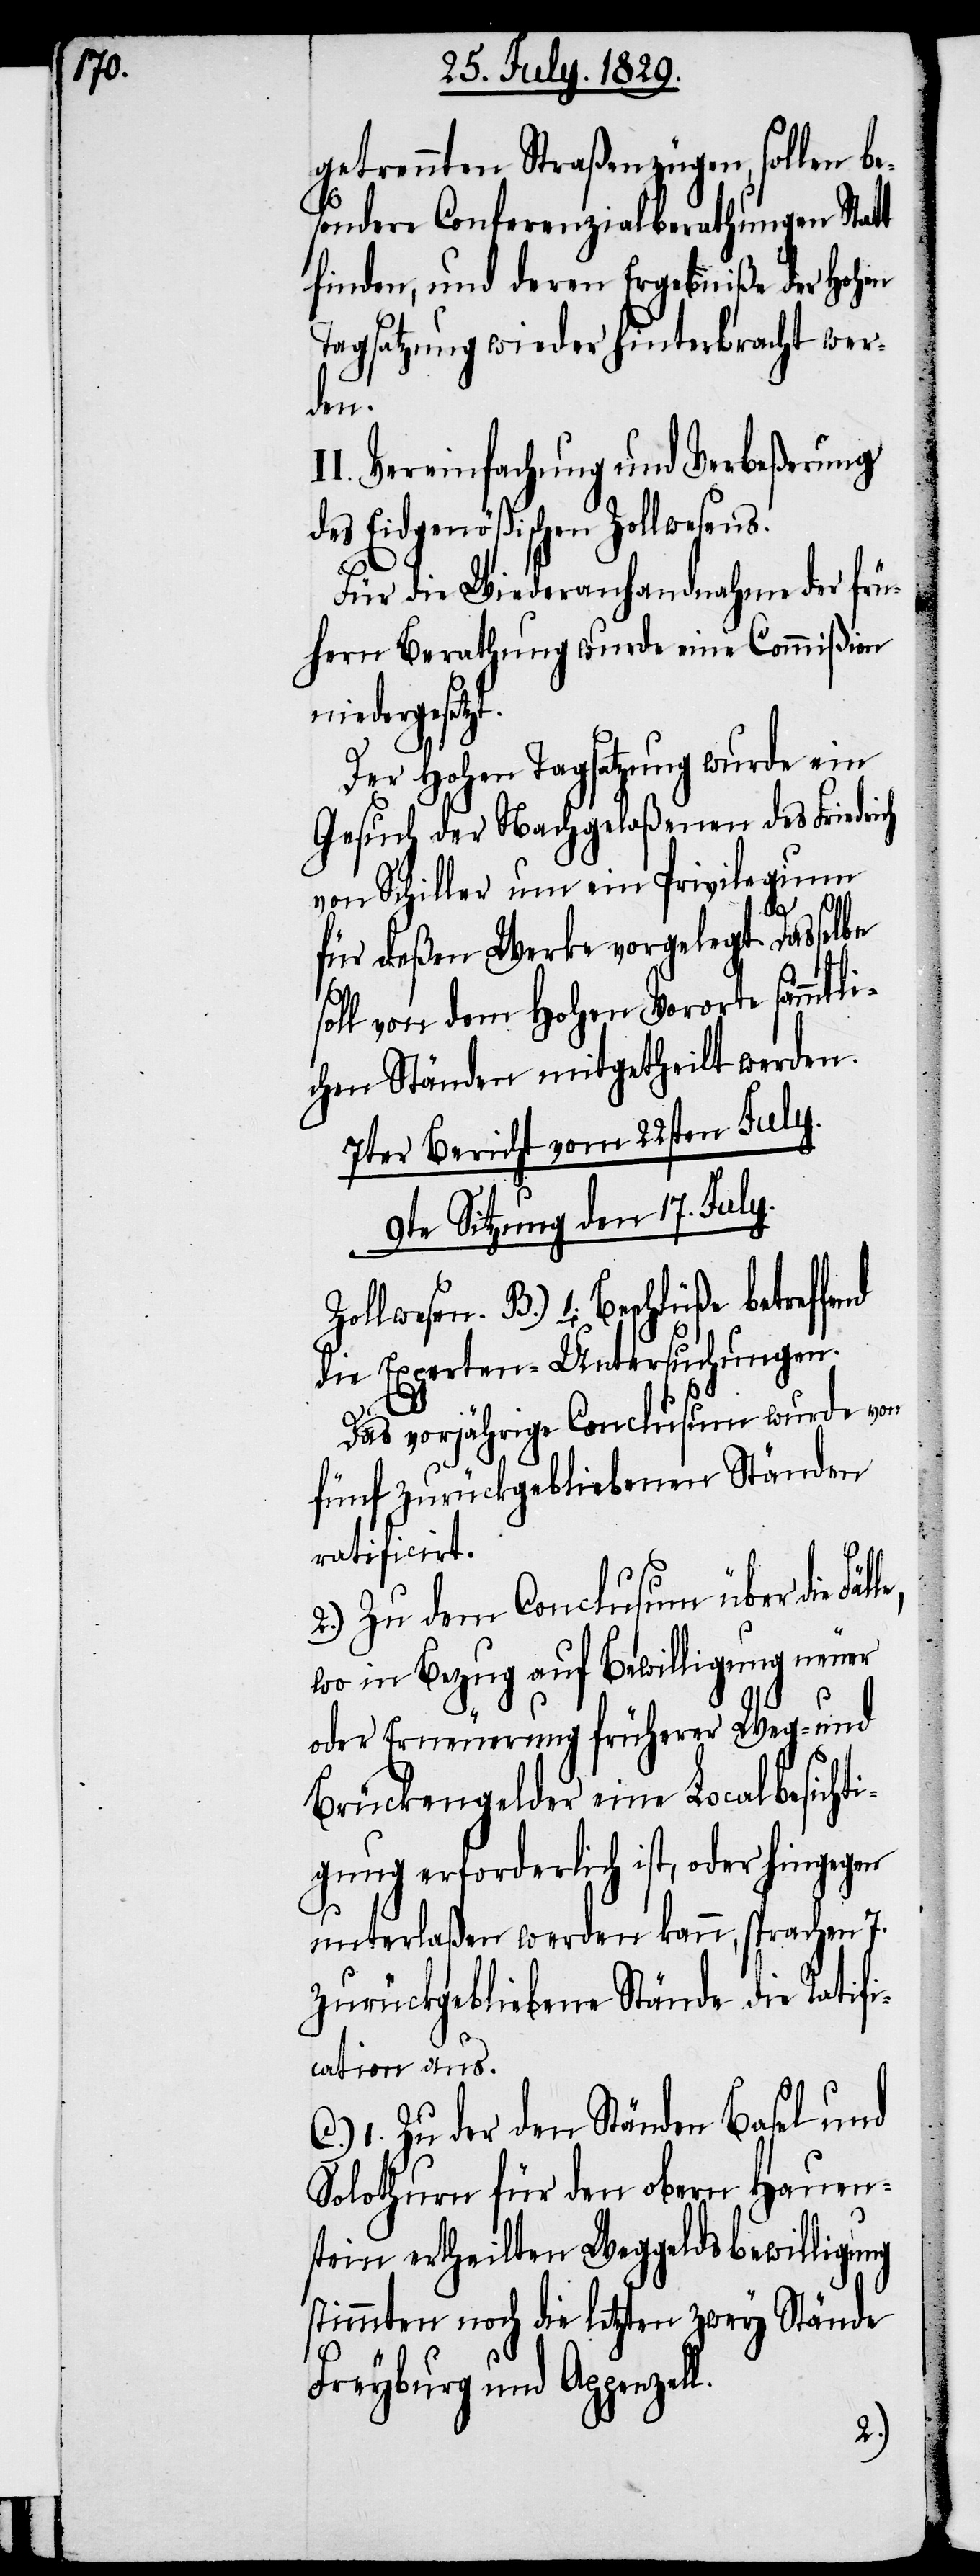
getrennten Straßenzügen, sollen be¬
sondere Conferenzialberathungen Statt
finden, und deren Ergebniße der Hohen
Tagsatzung wieder hinterbracht wer¬
den.
II. Vereinfachung und Verbeßerung
des Eidgenößischen Zollwesens.
Für die Wiederanhandnahme der frü¬
hern Berathung wurde eine Commißion
niedergeset¬
nd
Der Hohen Tagsatzung wurde ein
Gesuch der Nachgelaßenen des Friedrich
von Schiller um ein Privilegium
für deßen Werke vorgelegt. Dasselbe
soll von dem Hohen Vororte sämmtli¬
chen Ständen mitgetheilt werden.
7ter Bericht vom 22sten July.
9te Sitzung den 17. July.
Zollwesen. B.) 1. Beschlüße betreffe¬
die Experten-Untersuchungen.
Das vorjährige Conclusum wurde von
fünf zurückgebliebenen Ständen
ratificirt.
2.) Zu dem Conclusum über die
wo in Bezug auf Bewilligung neuer
oder Erneuerung früherer Weg- und
Brückengelder eine Localbesicht¬
igung erforderlich ist, oder hingegen
unterlaßen werden kann, sprachen 7.
zurückgebliebene Stände die Ratifi¬
cation aus.
1. Zu der den Ständen Basel und
Solothurn für den obern Hauen¬
stein ertheilten Weggeldsbewilligung
stimmten noch die letzten zwey Stände
Freyburg und Appenzell.